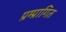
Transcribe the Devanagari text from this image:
प्रम्प्रागित